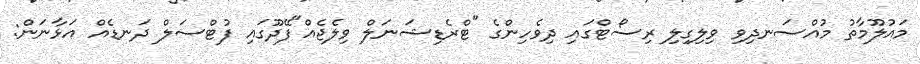
މައުލޫމާތު މުއްސަނދިވި ވިލިގިލި ރިސޯޓްގައި ދިވެހިންގެ "ޓްރެޑިޝަނަލް ވިލެޖެއް"ފޭދޫގައި ފުޓްސަލް ދަނޑެއް އަޅާނަން: